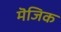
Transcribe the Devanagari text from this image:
मॆजिक